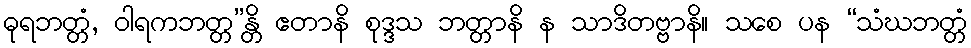
ဓုရဘတ္တံ, ဝါရကဘတ္တ”န္တိ ဧတာနိ စုဒ္ဒသ ဘတ္တာနိ န သာဒိတဗ္ဗာနိ။ သစေ ပန “သံဃဘတ္တံ